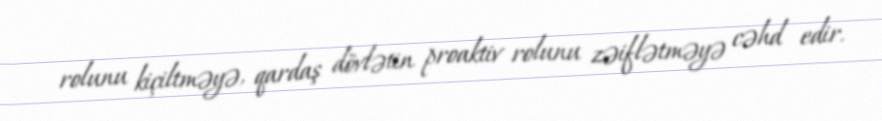
rolunu kiçiltməyə, qardaş dövlətin proaktiv rolunu zəiflətməyə cəhd edir.